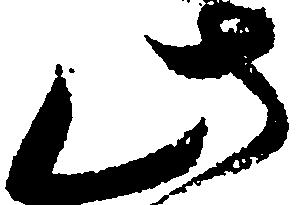
此